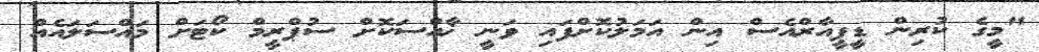
"މީގެ ކުރިން ޑީޕީއާރްއެސް އިން އަމަލުކޮށްފައި ވަނީ ޚާއްސަކޮށް ސުޕްރީމް ކޯޓަށް މައްސަލައެއް